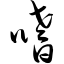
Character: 嗜